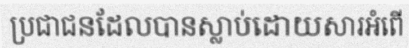
ប្រជាជនដែលបានស្លាប់ដោយសារអំពើ